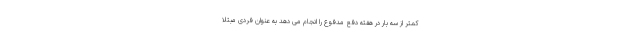
کمتر از سه بار در هفته دفع مدفوع را انجام می دهد به عنوان فردی مبتلا